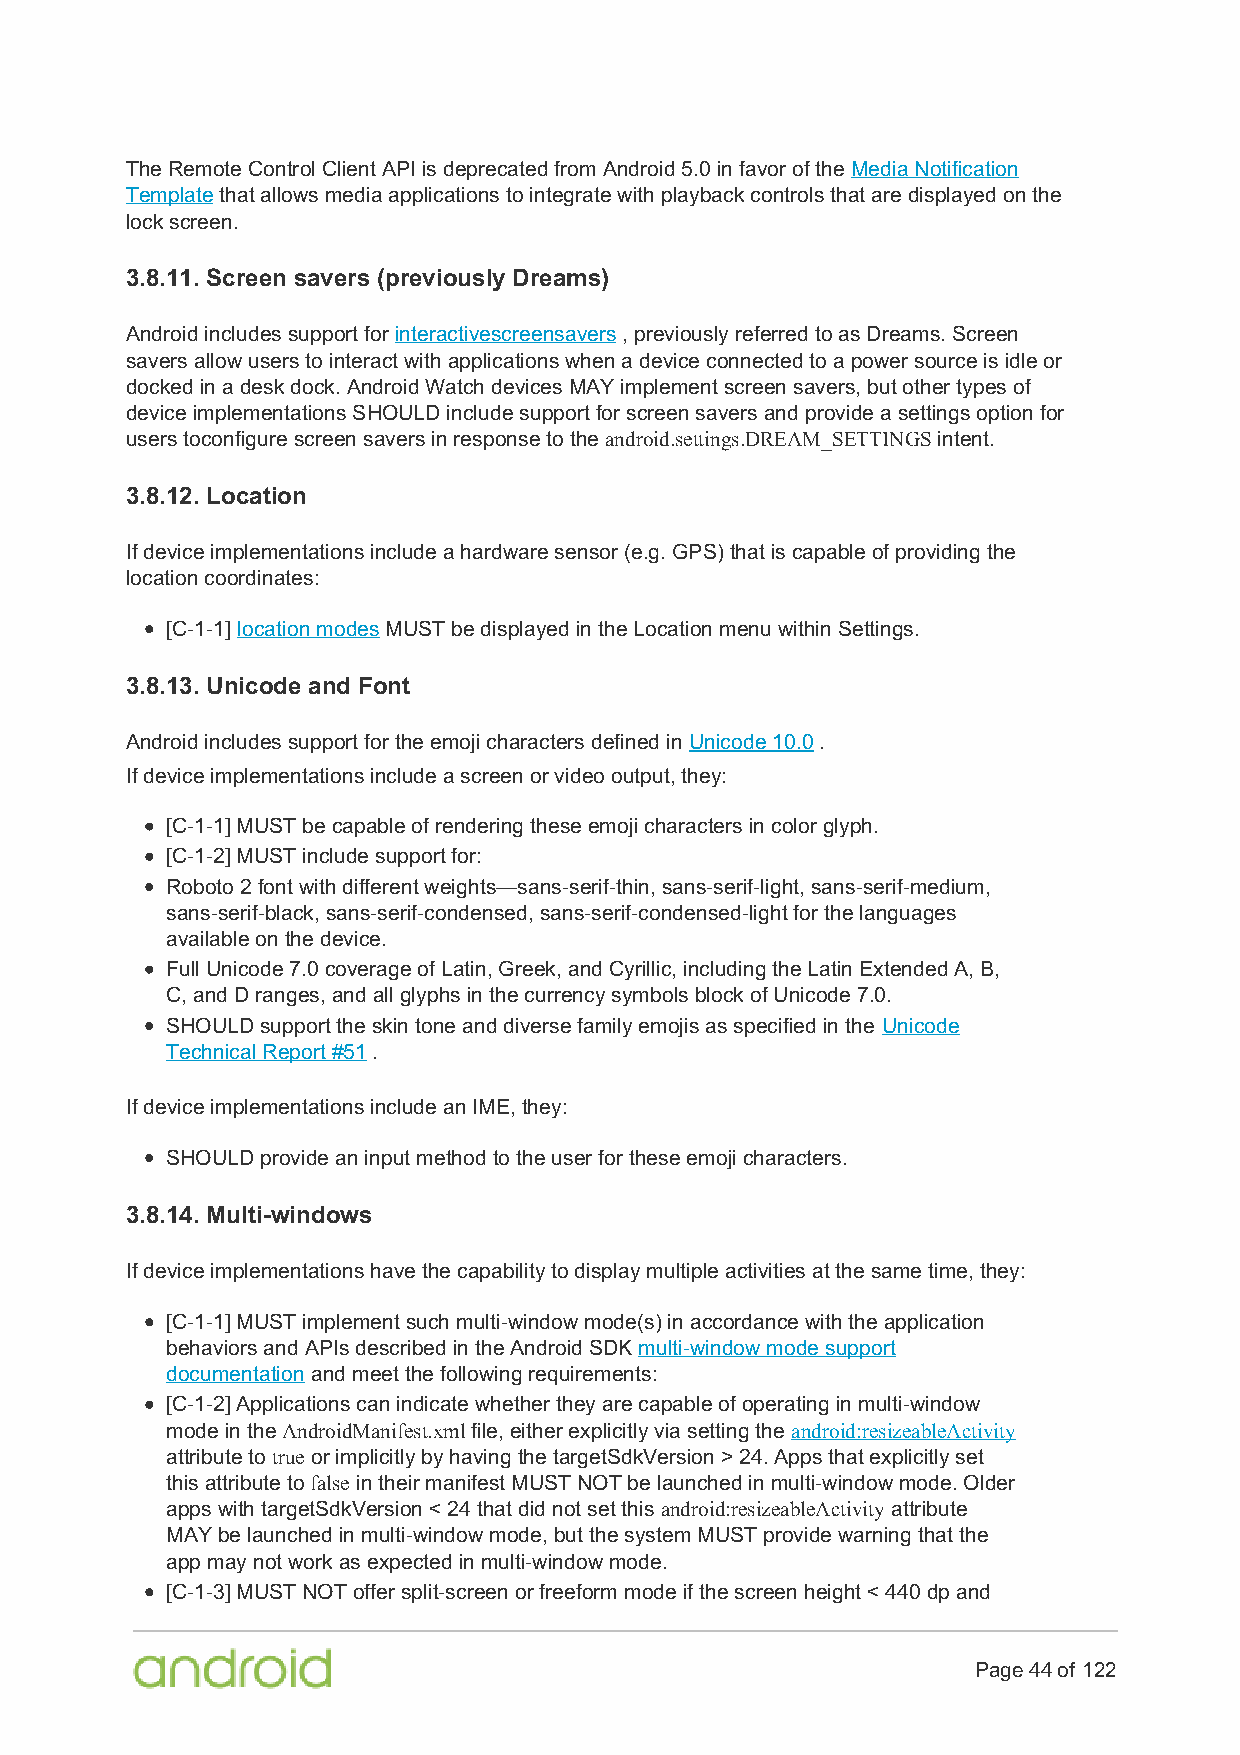
The Remote Control Client API is deprecated from Android 5.0 in favor of the Media Notification
 Template that allows media applications to integrate with playback controls that are displayed on the
 lock screen.
 3.8.11. Screen savers (previously Dreams)
 Android includes support for interactivescreensavers , previously referred to as Dreams. Screen
 savers allow users to interact with applications when a device connected to a power source is idle or
 docked in a desk dock. Android Watch devices MAY implement screen savers, but other types of
 device implementations SHOULD include support for screen savers and provide a settings option for
 users toconfigure screen savers in response to the android.settings.DREAM_SETTINGS intent.
 3.8.12. Location
 If device implementations include a hardware sensor (e.g. GPS) that is capable of providing the
 location coordinates:
 [C-1-1] location modes MUST be displayed in the Location menu within Settings.
 3.8.13. Unicode and Font
 Android includes support for the emoji characters defined in Unicode 10.0 .
 If device implementations include a screen or video output, they:
 [C-1-1] MUST be capable of rendering these emoji characters in color glyph.
 [C-1-2] MUST include support for:
 Roboto 2 font with different weights—sans-serif-thin, sans-serif-light, sans-serif-medium,
 sans-serif-black, sans-serif-condensed, sans-serif-condensed-light for the languages
 available on the device.
 Full Unicode 7.0 coverage of Latin, Greek, and Cyrillic, including the Latin Extended A, B,
 C, and D ranges, and all glyphs in the currency symbols block of Unicode 7.0.
 SHOULD support the skin tone and diverse family emojis as specified in the Unicode
 Technical Report #51 .
 If device implementations include an IME, they:
 SHOULD provide an input method to the user for these emoji characters.
 3.8.14. Multi-windows
 If device implementations have the capability to display multiple activities at the same time, they:
 [C-1-1] MUST implement such multi-window mode(s) in accordance with the application
 behaviors and APIs described in the Android SDK multi-window mode support
 documentation and meet the following requirements:
 [C-1-2] Applications can indicate whether they are capable of operating in multi-window
 mode in the AndroidManifest.xml file, either explicitly via setting the android:resizeableActivity
 attribute to true or implicitly by having the targetSdkVersion > 24. Apps that explicitly set
 this attribute to false in their manifest MUST NOT be launched in multi-window mode. Older
 apps with targetSdkVersion < 24 that did not set this android:resizeableActivity attribute
 MAY be launched in multi-window mode, but the system MUST provide warning that the
 app may not work as expected in multi-window mode.
 [C-1-3] MUST NOT offer split-screen or freeform mode if the screen height < 440 dp and
 Page 44 of 122